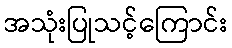
အသုံးပြုသင့်ကြောင်း